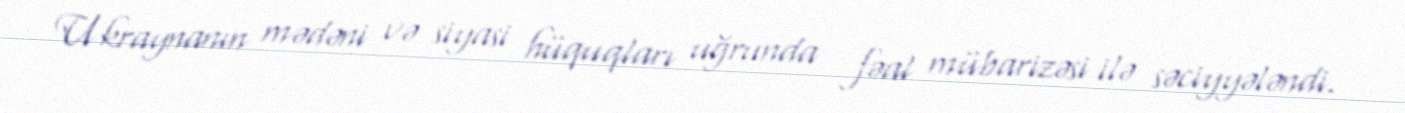
Ukraynanın mədəni və siyasi hüquqları uğrunda fəal mübarizəsi ilə səciyyələndi.